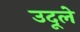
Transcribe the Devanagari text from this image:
उदूले